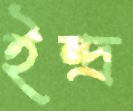
ইন্দ্র